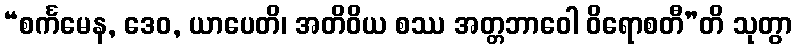
“စင်္ကမေန, ဒေဝ, ယာပေတိ၊ အတိဝိယ စဿ အတ္တဘာဝေါ ဝိရောစတီ”တိ သုတွာ